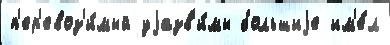
п'ер'евоз'и́мый уjазв'и́мы большиjе им'е́л